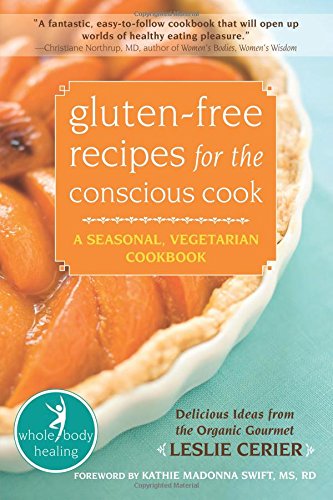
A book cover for Gluten-Free Recipes for the Conscious Cook: A Seasonal, Vegetarian Cookbook (The New Harbinger Whole-Body Healing Series); Leslie Cerier; Cookbooks, Food & Wine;